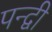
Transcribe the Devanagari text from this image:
पन्द्वी